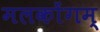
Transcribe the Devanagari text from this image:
मलकोंगम्